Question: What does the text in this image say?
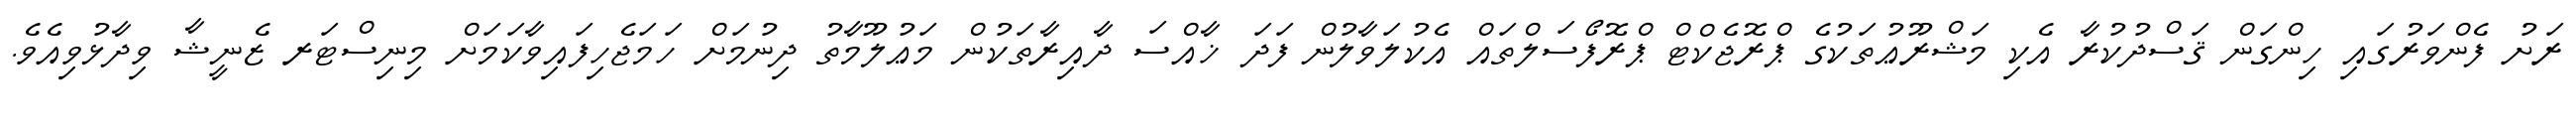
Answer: ރަށު ފެންވަރުގައި ހިންގަން ޤަސްދުކުރާ އެކި މަޝްރޫޢުތަކުގެ ޕްރޮޖެކްޓް ޕްރޮފޯސަލްތައް އެކުލަވާލުން ފަދަ ޚާއްސަ ދާއިރާތަކުން މަޢުލޫމާތު ދިނުމަށް ހަމަޖެހިފައިވާކަމަށް މިނިސްޓަރ ޒެނީޝާ ވިދާޅުވިއެވެ.